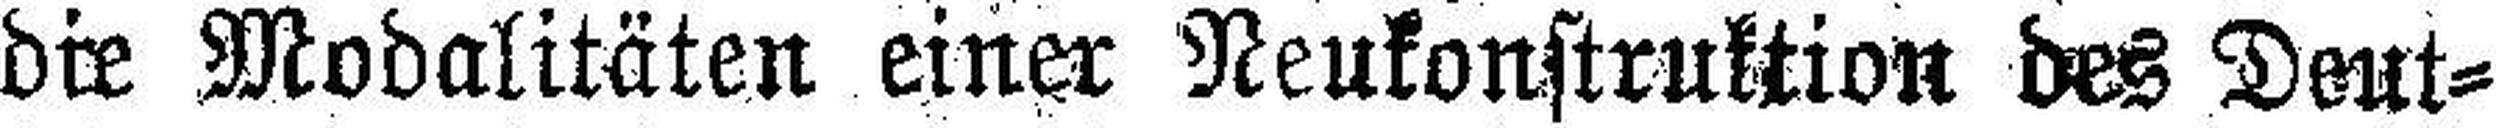
die Modalitäten einer Neukonstruktion des Deut¬